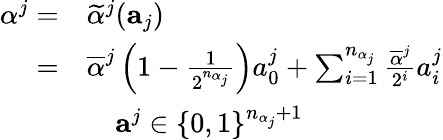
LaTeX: \begin{array}{rl}{\alpha^{j}=}&{\widetilde{\alpha}^{j}(\mathbf{a}_{j})}\\ {=}&{\overline{{\alpha}}^{j}\left(1-\frac{1}{2^{n_{\alpha_{j}}}}\right)a_{0}^{j}+\sum_{i=1}^{n_{\alpha_{j}}}\frac{\overline{{\alpha}}^{j}}{2^{i}}a_{i}^{j}}\\ &{\quad\mathbf{a}^{j}\in\{ 0,1\} ^{n_{\alpha_{j}}+1}}\end{array}